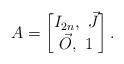
LaTeX: \begin{align*}A = \begin{bmatrix} I_{2n},\ \vec{J} \\ \vec O, \ 1 \end{bmatrix}.\end{align*}